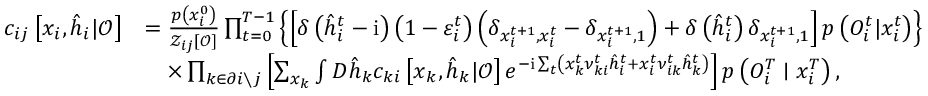
\begin{array} { r l } { c _ { i j } \left[ \boldsymbol { x } _ { i } , \hat { \boldsymbol { h } } _ { i } | \boldsymbol { \mathcal { O } } \right] } & { = \frac { p \left( x _ { i } ^ { 0 } \right) } { \mathcal { Z } _ { i j } [ \boldsymbol { \mathcal { O } } ] } \prod _ { t = 0 } ^ { T - 1 } \left\{ \left[ \delta \left( \hat { h } _ { i } ^ { t } - \mathrm { i } \right) \left( 1 - \varepsilon _ { i } ^ { t } \right) \left( \delta _ { x _ { i } ^ { t + 1 } , x _ { i } ^ { t } } - \delta _ { x _ { i } ^ { t + 1 } , 1 } \right) + \delta \left( \hat { h } _ { i } ^ { t } \right) \delta _ { x _ { i } ^ { t + 1 } , 1 } \right] p \left( { O } _ { i } ^ { t } | x _ { i } ^ { t } \right) \right\} } \\ & { \quad \times \prod _ { k \in \partial i \setminus j } \left[ \sum _ { \boldsymbol { x } _ { k } } \int D \hat { \boldsymbol { h } } _ { k } c _ { k i } \left[ \boldsymbol { x } _ { k } , \hat { \boldsymbol { h } } _ { k } | \boldsymbol { \mathcal { O } } \right] e ^ { - \mathrm { i } \sum _ { t } \left( x _ { k } ^ { t } \nu _ { k i } ^ { t } \hat { h } _ { i } ^ { t } + x _ { i } ^ { t } \nu _ { i k } ^ { t } \hat { h } _ { k } ^ { t } \right) } \right] p \left( { O } _ { i } ^ { T } \mid x _ { i } ^ { T } \right) , } \end{array}